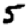
Digit: 5